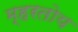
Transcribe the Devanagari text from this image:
म्हरतोय